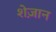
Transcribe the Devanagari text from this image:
शेज़ान